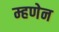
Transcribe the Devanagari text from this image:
म्हणेन